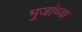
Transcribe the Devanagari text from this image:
भुजांच्या